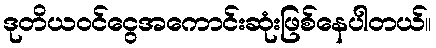
ဒုတိယဝင်ငွေအကောင်းဆုံးဖြစ်နေပါတယ်။